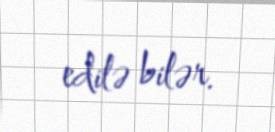
edilə bilər.